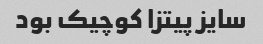
سایز پیتزا کوچیک بود